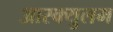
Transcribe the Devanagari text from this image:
आस्क्युलम